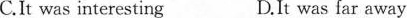
C.It was interesting D.It was far away